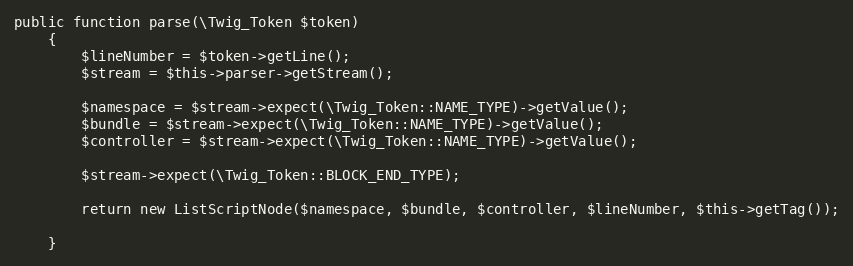
Language: PHP
public function parse(\Twig_Token $token)
    {
        $lineNumber = $token->getLine();
        $stream = $this->parser->getStream();

        $namespace = $stream->expect(\Twig_Token::NAME_TYPE)->getValue();
        $bundle = $stream->expect(\Twig_Token::NAME_TYPE)->getValue();
        $controller = $stream->expect(\Twig_Token::NAME_TYPE)->getValue();

        $stream->expect(\Twig_Token::BLOCK_END_TYPE);

        return new ListScriptNode($namespace, $bundle, $controller, $lineNumber, $this->getTag());

    }